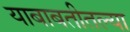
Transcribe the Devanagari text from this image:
याबाबतीतल्या